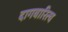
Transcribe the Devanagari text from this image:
दागवारित्च